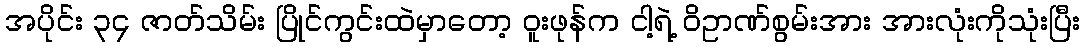
အပိုင်း ၃၄ ဇာတ်သိမ်း ပြိုင်ကွင်းထဲမှာတော့ ဝူးဖုန်က ငါ့ရဲ့ ဝိဥာဏ်စွမ်းအား အားလုံးကိုသုံးပြီး